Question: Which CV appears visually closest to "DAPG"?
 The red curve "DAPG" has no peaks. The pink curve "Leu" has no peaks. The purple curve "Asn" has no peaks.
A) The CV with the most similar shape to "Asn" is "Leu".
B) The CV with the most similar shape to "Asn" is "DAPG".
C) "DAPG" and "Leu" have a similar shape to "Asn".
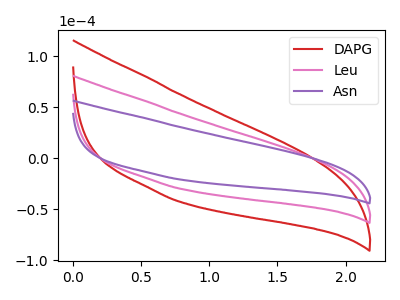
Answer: <think>Neither "DAPG" or "Leu" have any peaks. Neither "DAPG" or "Asn" have any peaks. Neither "Leu" or "Asn" have any peaks.
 </think>
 <answer>C) "DAPG" and "Leu" have a similar shape to "Asn".</answer>
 <eval>C</eval>